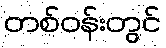
တစ်ဝန်းတွင်